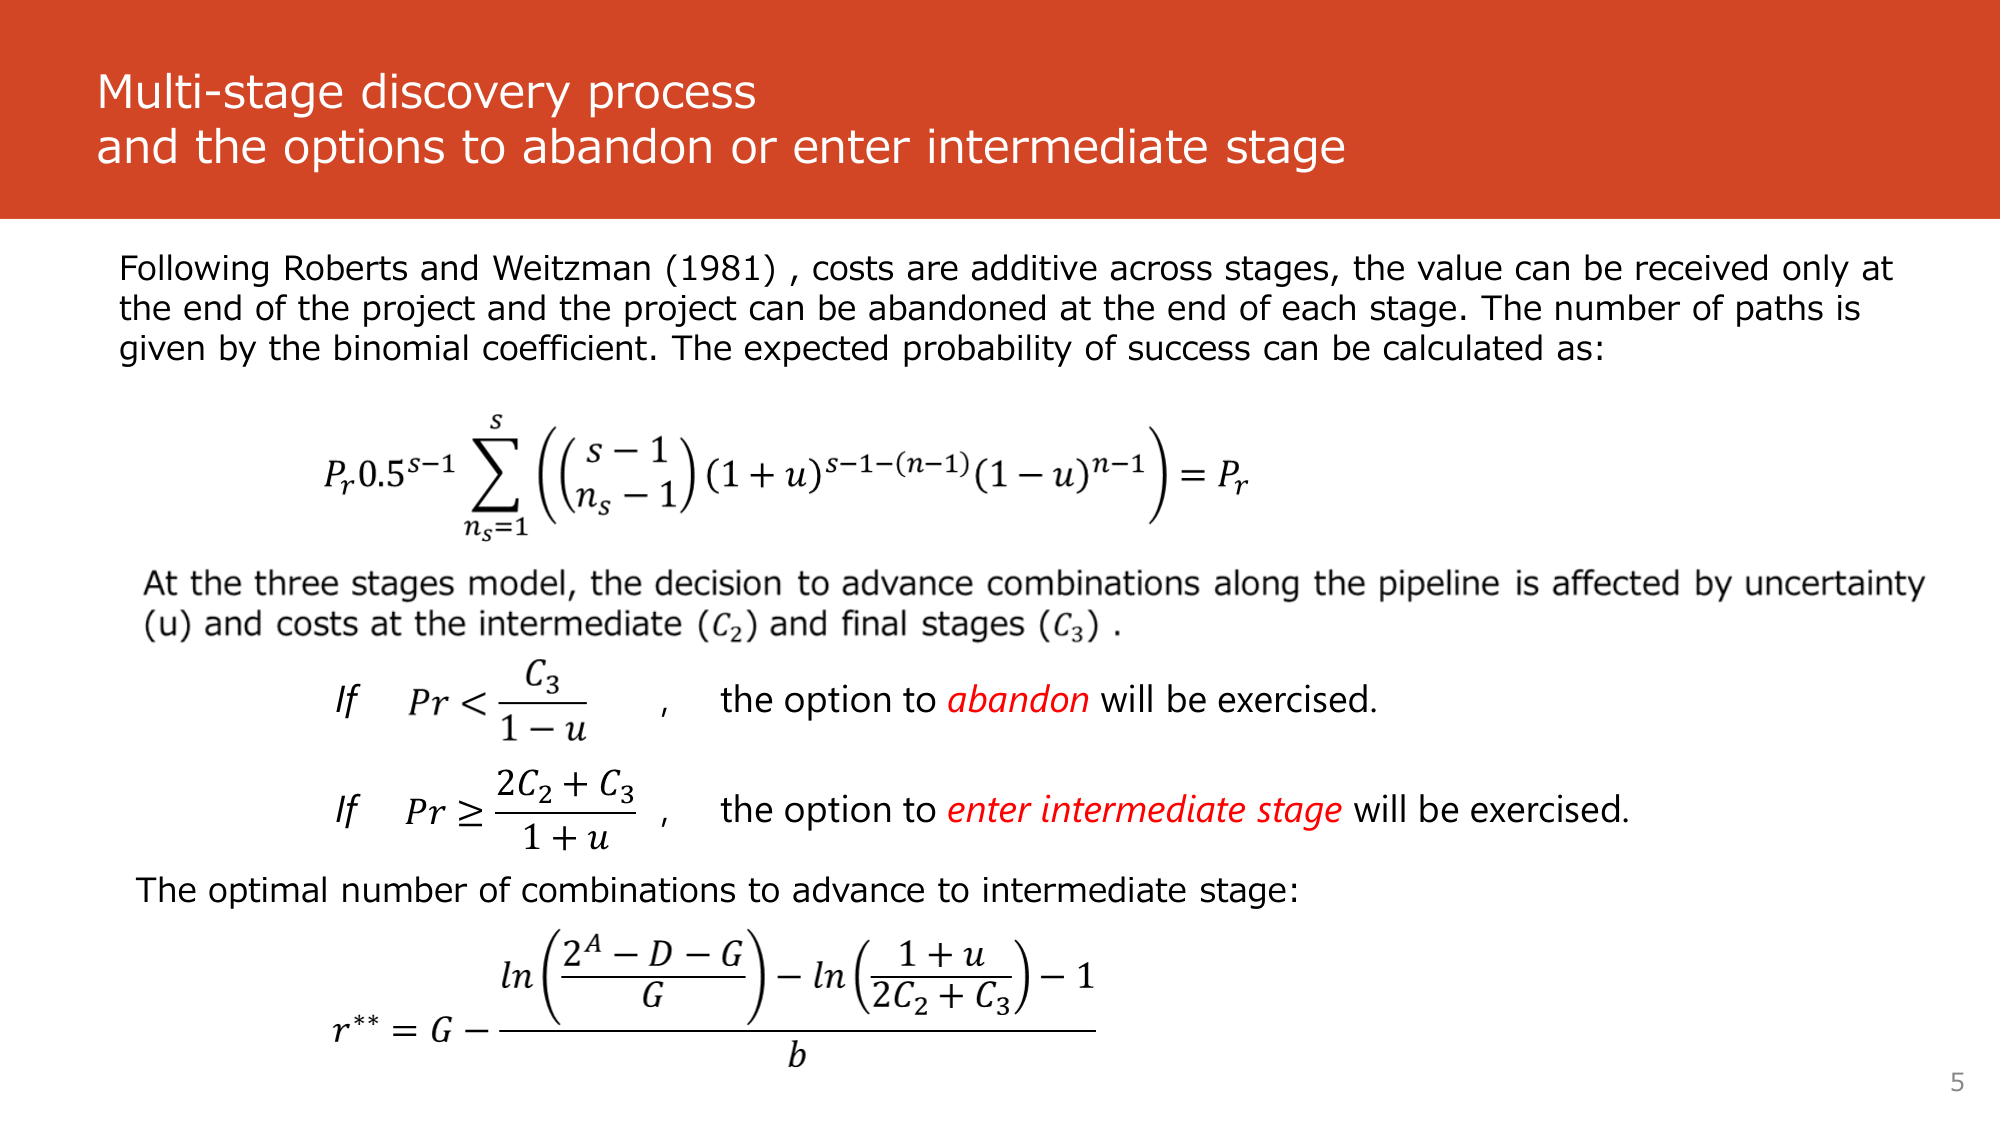
Multi-stage discovery process
and the options to abandon or enter intermediate stage

Following Roberts and Weitzman (1981), costs are additive across stages, the value can be received only at
the end of the project and the project can be abandoned at the end of each stage. The number of paths is
given by the binomial coefficient. The expected probability of success can be calculated as:

P_r 0.5^{s-1} \sum_{n_s=1}^{s} \left( \binom{s-1}{n_s-1} (1+u)^{s-1-(n-1)} (1-u)^{n-1} \right) = P_r

At the three stages model, the decision to advance combinations along the pipeline is affected by uncertainty
(u) and costs at the intermediate (C_2) and final stages (C_3).

If  Pr < \frac{C_3}{1-u},  the option to abandon will be exercised.

If  Pr \geq \frac{2C_2 + C_3}{1+u},  the option to enter intermediate stage will be exercised.

The optimal number of combinations to advance to intermediate stage:

r^{**} = G - \frac{ \ln \left( \frac{2^A - D - G}{G} \right) - \ln \left( \frac{1+u}{2C_2 + C_3} \right) - 1 }{b}

5